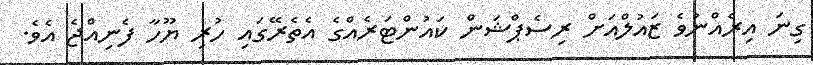
ގިނަ އިރެއްނުވެ ޒައުލްއަށް ރިސެޕްޝަން ކައުންޓަރެއްގެ އެތެރޭގައި ހުރި ޔޫހާ ފެނިއްޖެ އެވެ.